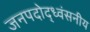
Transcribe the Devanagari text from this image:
जनपदोद्ध्वंसनीय